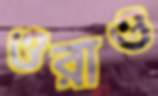
ওরাও